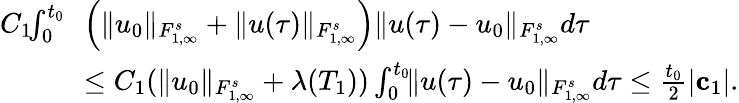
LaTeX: \begin{array}{rl}{C_{1}\! \! \int_{0}^{t_{0}}\! \! }&{\left(\| u_{0}\| _{{F}_{1,\infty}^{s}}+\| u(\tau)\| _{{F}_{1,\infty}^{s}}\right)\| u(\tau)-u_{0}\| _{{F}_{1,\infty}^{s}}d\tau}\\ &{\leq C_{1}(\| u_{0}\| _{{F}_{1,\infty}^{s}}+\lambda(T_{1}))\int_{0}^{t_{0}}\! \! \| u(\tau)-u_{0}\| _{{F}_{1,\infty}^{s}}d\tau\leq\frac{t_{0}}{2}|{\mathbf c}_{1}|.}\end{array}